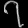
Digit: ၇